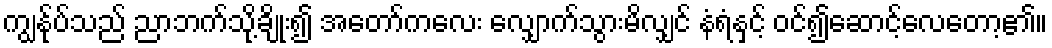
ကျွန်ုပ်သည် ညာဘက်သို့ချိုး၍ အတော်ကလေး လျှောက်သွားမိလျှင် နံရံနှင့် ဝင်၍ဆောင့်လေတော့၏။